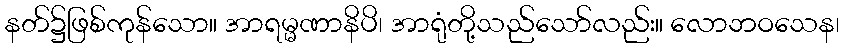
နတ်၌ဖြစ်ကုန်သော။ အာရမ္မဏာနိပိ၊ အာရုံတို့သည်သော်လည်း။ လောဘဝသေန၊